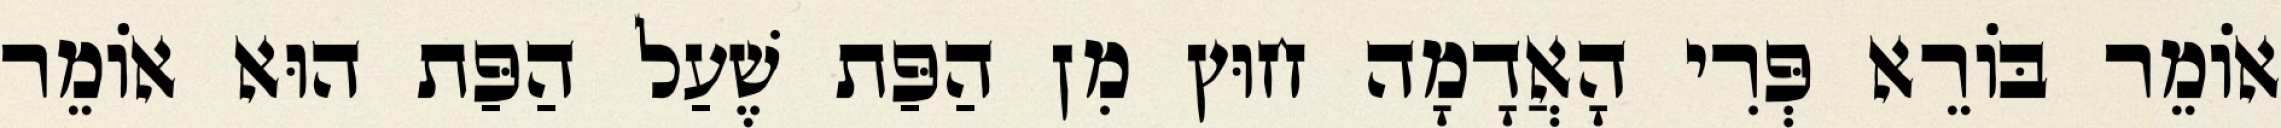
אוֹמֵר בּוֹרֵא פְּרִי הָאֲדָמָה חוּץ מִן הַפַּת שֶׁעַל הַפַּת הוּא אוֹמֵר